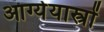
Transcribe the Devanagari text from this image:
आग्येयास्त्रों